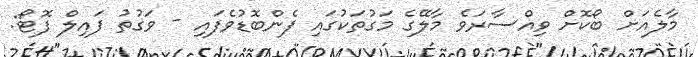
މާލެއަށް ބޯކޮށް ވިއްސާރަވެ މާލޭގެ މަގުތަކުގައި ފެންބޮޑުވެފައި - ވަގުތު ފައިލް ފޮޓޯ: